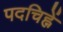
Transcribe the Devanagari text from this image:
पदचिह्नें